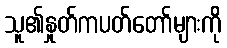
သူ၏နှုတ်ကပတ်တော်များကို